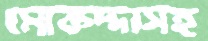
মোকদ্দাসহ